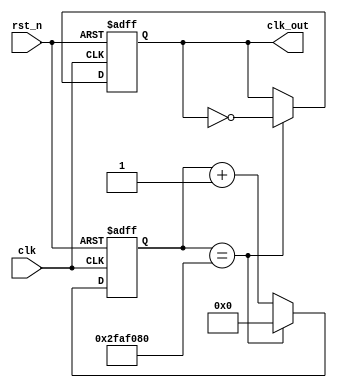
`timescale 1ns / 1ps
//////////////////////////////////////////////////////////////////////////////////
// Company: 
// Engineer: 
// 
// Design Name: 
// Module Name: freqdiv50M
// Project Name: 
// Target Devices: 
// Tool Versions: 
// Description: 
// 
// Dependencies: 
// 
// Revision:
// Revision 0.01 - File Created
// Additional Comments:
// 
//////////////////////////////////////////////////////////////////////////////////


module freqdiv50M(
    clk,
    rst_n,
    clk_out
    );
    input clk;
    input rst_n;
    output clk_out;
    
    reg [25:0]clk_tmp_D;
    reg [25:0]clk_tmp;
    reg clk_out_D;
    reg clk_out;
    //combinational
    always@*
        if (clk_tmp == 50000000) begin
            clk_tmp_D = 1'b0;
            clk_out_D = ~clk_out;
            end
        else begin
            clk_tmp_D = clk_tmp + 1'b1;
            clk_out_D = clk_out;
            end
    //sequential
    always@(posedge clk or negedge rst_n)
        if (~rst_n) begin
            clk_tmp <= 1'b0;
            clk_out <= 1'b0;
            end
        else begin
            clk_tmp <= clk_tmp_D;
            clk_out <= clk_out_D;
            end
        
   
endmodule